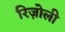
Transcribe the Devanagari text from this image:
रिज़ोली